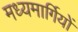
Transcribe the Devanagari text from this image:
मध्यमार्गियों